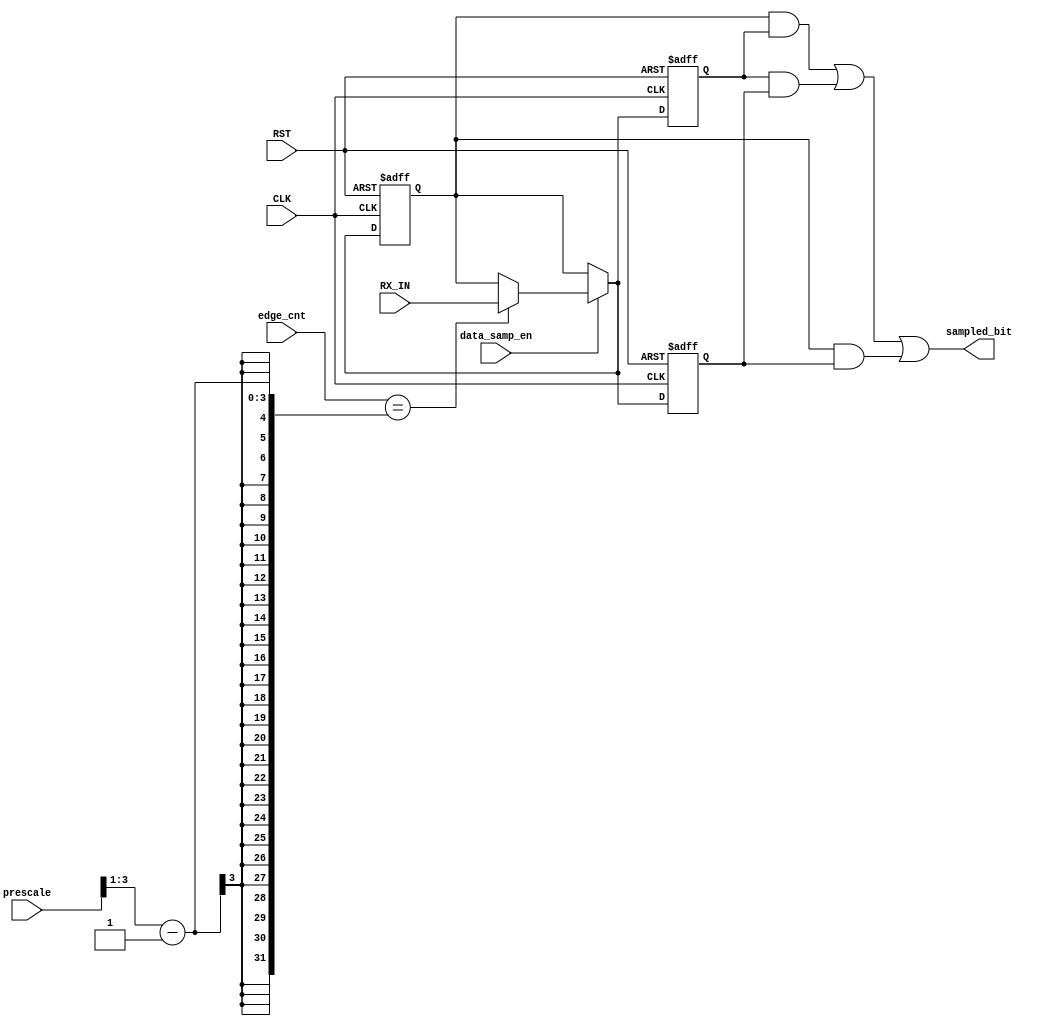
`timescale 1ns / 1ps

//////////////////////////////////////////////////////////////////////////////////
// Diploma: By Eng. Ali Mohamed Eltemsah
// Design Name: DigIC_Dip08_09_UART_RX
// Module Name: data_sampling
// Project Name: UART_RX
//////////////////////////////////////////////////////////////////////////////////


module data_sampling #(parameter PRESCALE = 8)(
    input   wire                                    CLK,
    input   wire                                    RST,
    input   wire                                    data_samp_en,
    input   wire                                    RX_IN,
    input   wire    [$clog2(PRESCALE) : 0]          prescale,
    input   wire    [$clog2(PRESCALE) : 0]          edge_cnt,
    output  wire                                    sampled_bit
    );
  
reg sample_1_reg, sample_1_next;
reg sample_2_reg, sample_2_next;
reg sample_3_reg, sample_3_next;
wire [$clog2(PRESCALE) : 0] middle_sample;

always @(posedge CLK, negedge RST)
    begin
        if (!RST)
            begin
                sample_1_reg <= 1'b1;
                sample_2_reg <= 1'b1;
                sample_3_reg <= 1'b1;
            end
        else
            begin
                sample_1_reg <= sample_1_next;
                sample_2_reg <= sample_1_next;
                sample_3_reg <= sample_1_next;
            end
    end 
   
always @(*)
    begin
        if (data_samp_en)
            begin
                sample_1_next = sample_1_reg;
                sample_2_next = sample_2_reg;
                sample_3_next = sample_3_reg;
                case (edge_cnt)
                    (middle_sample - 1):
                        begin
                            sample_1_next = RX_IN;
                        end
                    middle_sample:
                        begin
                            sample_2_next = RX_IN;
                        end
                    (middle_sample + 1):
                        begin
                            sample_3_next = RX_IN;
                        end
                    default:
                        begin
                            sample_1_next = sample_1_reg;
                            sample_2_next = sample_2_reg;
                            sample_3_next = sample_3_reg;
                        end
                endcase
            end
        else
            begin
                sample_1_next = sample_1_reg;
                sample_2_next = sample_2_reg;
                sample_3_next = sample_3_reg;
            end
    end

assign middle_sample = (prescale >> 1);
assign sampled_bit = (sample_1_reg && sample_2_reg) || (sample_2_reg && sample_3_reg) || (sample_1_reg && sample_3_reg);
endmodule